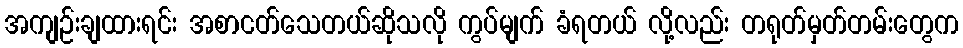
အကျဉ်းချထားရင်း အစာငတ်သေတယ်ဆိုသလို ကွပ်မျက် ခံရတယ် လို့လည်း တရုတ်မှတ်တမ်းတွေက